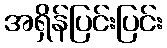
အရှိန်ပြင်းပြင်း